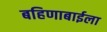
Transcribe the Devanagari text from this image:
बहिणाबाईला